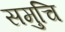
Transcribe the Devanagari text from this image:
समुचि